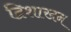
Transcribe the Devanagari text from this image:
द्विशाखन